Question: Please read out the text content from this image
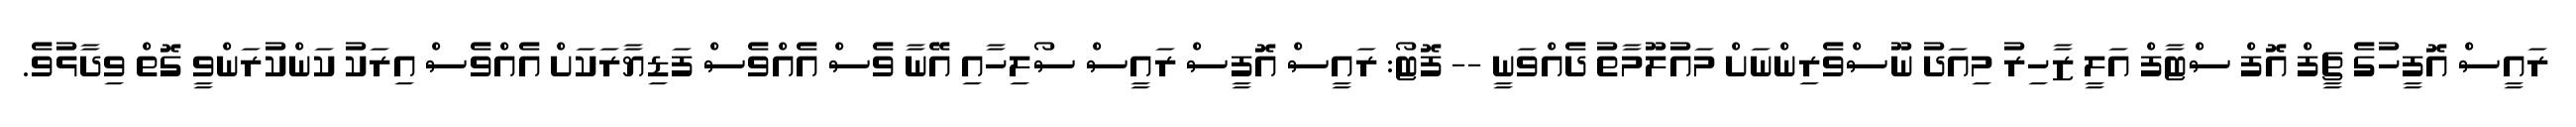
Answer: ރައީސް އޮފީހުގެ ޗީފް އޮފް ސްޓާފް އަލީ ޒާހިރު މިއަދު ނޫސްވެރިންނަށް މައުލޫމާތު ދެއްވަނީ -- ފޮޓޯ: ރައީސް އޮފީސް ރައީސް ސޯލިހާއި އޭނާ ވެސް އެއްވެސް ފަޑިޔާރަކަށް އެއްވެސް އިރަކު ކަންކުރަންވީ ގޮތް ވިދާޅުވެ.